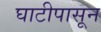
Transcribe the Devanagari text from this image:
घाटीपासून